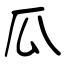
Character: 瓜